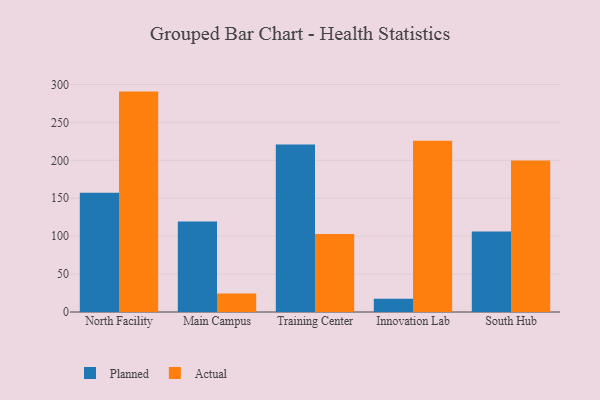
{"axis": {"x": "Campus", "y": "Energy Usage (MWh)"}, "legend": ["Actual", "Planned"], "data": [{"x": "North Facility", "y": 157.1, "type": "Planned"}, {"x": "North Facility", "y": 290.6, "type": "Actual"}, {"x": "Main Campus", "y": 119.4, "type": "Planned"}, {"x": "Main Campus", "y": 24.4, "type": "Actual"}, {"x": "Training Center", "y": 220.7, "type": "Planned"}, {"x": "Training Center", "y": 102.8, "type": "Actual"}, {"x": "Innovation Lab", "y": 17.4, "type": "Planned"}, {"x": "Innovation Lab", "y": 225.9, "type": "Actual"}, {"x": "South Hub", "y": 106.3, "type": "Planned"}, {"x": "South Hub", "y": 199.8, "type": "Actual"}]}